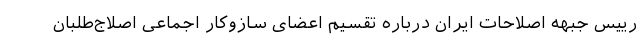
رییس جبهه اصلاحات ایران درباره تقسیم اعضای سازوکار اجماعی اصلاج‌طلبان